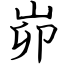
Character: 峁